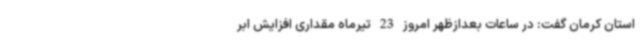
استان کرمان گفت: در ساعات بعدازظهر امروز 23 تیرماه مقداری افزایش ابر